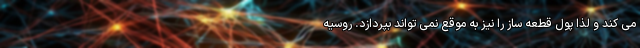
می کند و لذا پول قطعه ساز را نیز به موقع نمی تواند بپردازد. روسیه